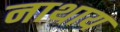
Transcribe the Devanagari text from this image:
नाथाय